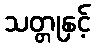
သတ္တုနှင့်